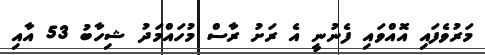
މަރުވެފައި އޮއްވައި ފެނުނީ އެ ރަށު ރާސް މުހައްމަދު ޝިހާބު 53 އާއި